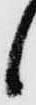
し